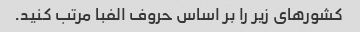
کشورهای زیر را بر اساس حروف الفبا مرتب کنید.